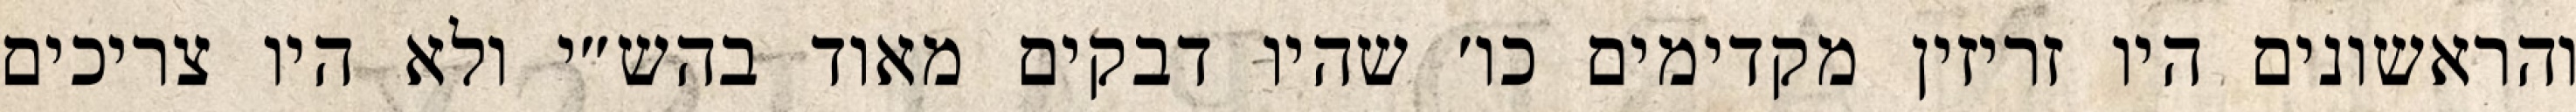
והראשונים היו זריזין מקדימים כו׳ שהיו דבקים מאוד בהש״י ולא היו צריכים